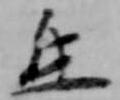
氐